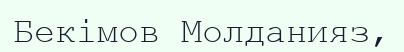
Бекімов Молданияз,